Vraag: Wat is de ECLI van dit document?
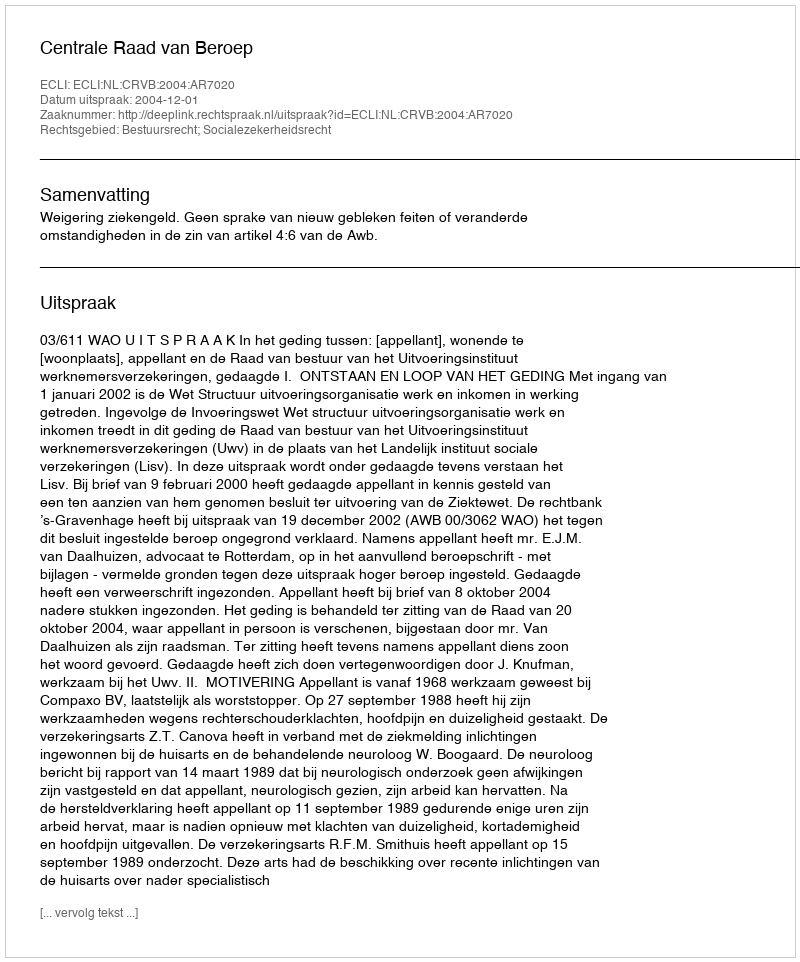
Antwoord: ECLI:NL:CRVB:2004:AR7020